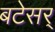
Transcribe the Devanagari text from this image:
बटेसर्